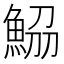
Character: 𩷂